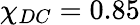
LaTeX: \chi_{DC}=0.85